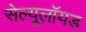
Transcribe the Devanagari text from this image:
सेल्यूलॉयड